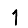
Digit: 1